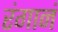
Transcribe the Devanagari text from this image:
रंगानं